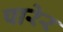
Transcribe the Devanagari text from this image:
पारेर